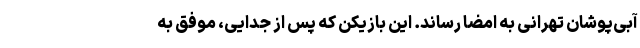
آبی‌پوشان تهرانی به امضا رساند. این بازیکن که پس از جدایی، موفق به